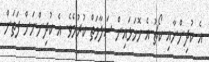
އެ ކުދިންނާއި ކޯޗު އެ ހޮހަޅައިން ސަލާމަތް ކުރުމެވެ. އެ ކުދިންނަށް ފަތަން